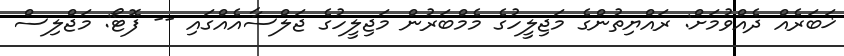
ޚަބަރެއް ދެއްވުމަށް: ރައްޔިތުންގެ މަޖިލީހުގެ މެމްބަރުން މަޖިލީހުގެ ޖަލްސާއެއްގައި -- ފޮޓޯ: މަޖްލިސް